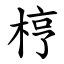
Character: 梈